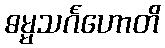
ဓမ္မသင်္ဂဟောတိ